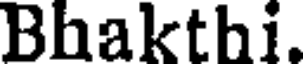
Bhakthi.